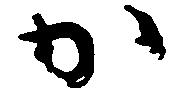
か